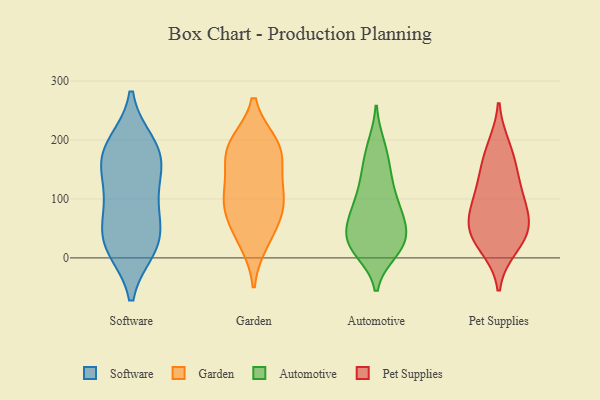
{"axis": {"x": "Demand Index", "y": "Value"}, "legend": ["Automotive", "Garden", "Pet Supplies", "Software"], "data": [{"x": "", "y": 190, "type": "Software"}, {"x": "", "y": 109, "type": "Software"}, {"x": "", "y": 157, "type": "Software"}, {"x": "", "y": 97, "type": "Software"}, {"x": "", "y": 193, "type": "Software"}, {"x": "", "y": 167, "type": "Software"}, {"x": "", "y": 17, "type": "Software"}, {"x": "", "y": 165, "type": "Software"}, {"x": "", "y": 19, "type": "Software"}, {"x": "", "y": 25, "type": "Software"}, {"x": "", "y": 68, "type": "Software"}, {"x": "", "y": 38, "type": "Software"}, {"x": "", "y": 192, "type": "Garden"}, {"x": "", "y": 91, "type": "Garden"}, {"x": "", "y": 119, "type": "Garden"}, {"x": "", "y": 50, "type": "Garden"}, {"x": "", "y": 104, "type": "Garden"}, {"x": "", "y": 182, "type": "Garden"}, {"x": "", "y": 170, "type": "Garden"}, {"x": "", "y": 29, "type": "Garden"}, {"x": "", "y": 187, "type": "Garden"}, {"x": "", "y": 86, "type": "Garden"}, {"x": "", "y": 186, "type": "Automotive"}, {"x": "", "y": 47, "type": "Automotive"}, {"x": "", "y": 81, "type": "Automotive"}, {"x": "", "y": 17, "type": "Automotive"}, {"x": "", "y": 101, "type": "Automotive"}, {"x": "", "y": 20, "type": "Automotive"}, {"x": "", "y": 27, "type": "Automotive"}, {"x": "", "y": 63, "type": "Automotive"}, {"x": "", "y": 20, "type": "Automotive"}, {"x": "", "y": 190, "type": "Automotive"}, {"x": "", "y": 64, "type": "Automotive"}, {"x": "", "y": 27, "type": "Automotive"}, {"x": "", "y": 94, "type": "Automotive"}, {"x": "", "y": 79, "type": "Automotive"}, {"x": "", "y": 145, "type": "Automotive"}, {"x": "", "y": 37, "type": "Automotive"}, {"x": "", "y": 129, "type": "Automotive"}, {"x": "", "y": 148, "type": "Automotive"}, {"x": "", "y": 12, "type": "Automotive"}, {"x": "", "y": 20, "type": "Pet Supplies"}, {"x": "", "y": 101, "type": "Pet Supplies"}, {"x": "", "y": 187, "type": "Pet Supplies"}, {"x": "", "y": 55, "type": "Pet Supplies"}, {"x": "", "y": 60, "type": "Pet Supplies"}, {"x": "", "y": 50, "type": "Pet Supplies"}, {"x": "", "y": 34, "type": "Pet Supplies"}, {"x": "", "y": 132, "type": "Pet Supplies"}, {"x": "", "y": 100, "type": "Pet Supplies"}, {"x": "", "y": 164, "type": "Pet Supplies"}]}